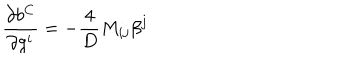
\frac { \partial b ^ { C } } { \partial g ^ { i } } = - \frac { 4 } { D } { M } _ { i j } \beta ^ { j }